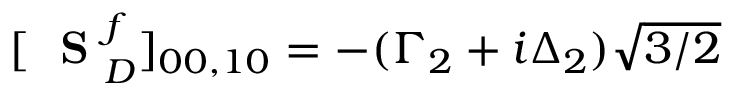
[ \mathrm { ~ \bf ~ S ~ } _ { D } ^ { f } ] _ { 0 0 , 1 0 } = - ( \Gamma _ { 2 } + i \Delta _ { 2 } ) \sqrt { 3 / 2 }